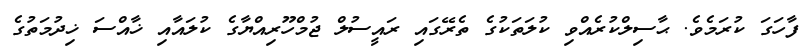
ފާހަގަ ކުރަމެވެ. ޙާސިލްކުރެއްވި ކުލަތަކުގެ ތެރޭގައި ރައީސުލް ޖުމްހޫރިއްޔާގެ ކުލައާއި ޚާއްސަ ޚިދުމަތުގެ